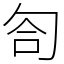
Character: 匌